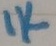
Text: 1K